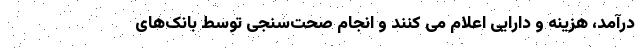
درآمد، هزینه و دارایی اعلام می کنند و انجام صحت‌سنجی توسط بانک‌های